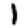
Digit: 1